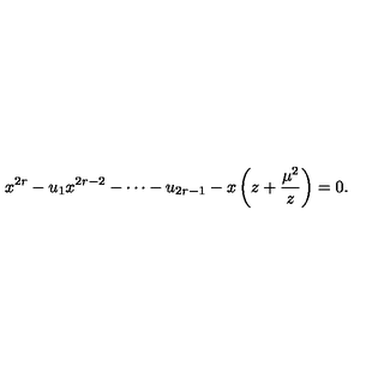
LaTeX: x ^ { 2 r } - u _ { 1 } x ^ { 2 r - 2 } - \cdots - u _ { 2 r - 1 } - x \left( z + { \frac { \mu ^ { 2 } } { z } } \right) = 0 .